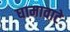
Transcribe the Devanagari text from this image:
घामावाटे